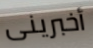
أخبرينى